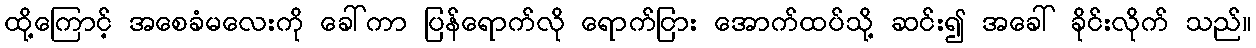
ထို့ကြောင့် အစေခံမလေးကို ခေါ်ကာ ပြန်ရောက်လို ရောက်ငြား အောက်ထပ်သို့ ဆင်း၍ အခေါ် ခိုင်းလိုက် သည်။